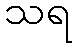
သရ